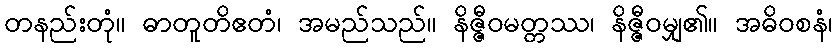
တနည်းတုံ။ ဓာတူတိဧတံ၊ အမည်သည်။ နိဇ္ဇီဝမတ္တဿ၊ နိဇ္ဇီဝမျှ၏။ အဓိဝစနံ၊